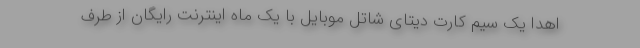
اهدا یک سیم کارت دیتای شاتل موبایل با یک ماه اینترنت رایگان از طرف